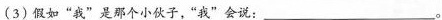
(3)假如”我”是那个小伙子，”我”会说：___